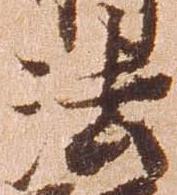
法